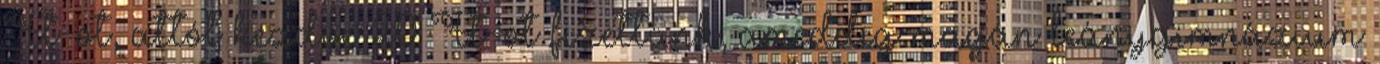
Ft-ot, attól kezdve 20 Ft-ot fizettünk, ameddig magán leánygimnázium